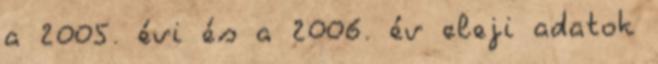
a 2005. évi és a 2006. év eleji adatok